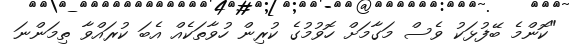
"ކޮންމެ ބޭފުޅަކު ވެސް މަގާމަށް ހޮވުމުގެ ކުރިން ހުވާތަކެއް އެބަ ކުރައްވާ ތިމަންނަ